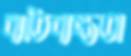
ব্যতিব্যস্ততা